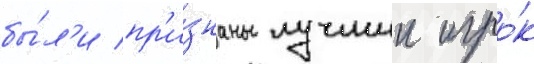
бы́л'и пр'и́знаны лучшии игро́к